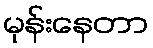
မုန်းနေတာ